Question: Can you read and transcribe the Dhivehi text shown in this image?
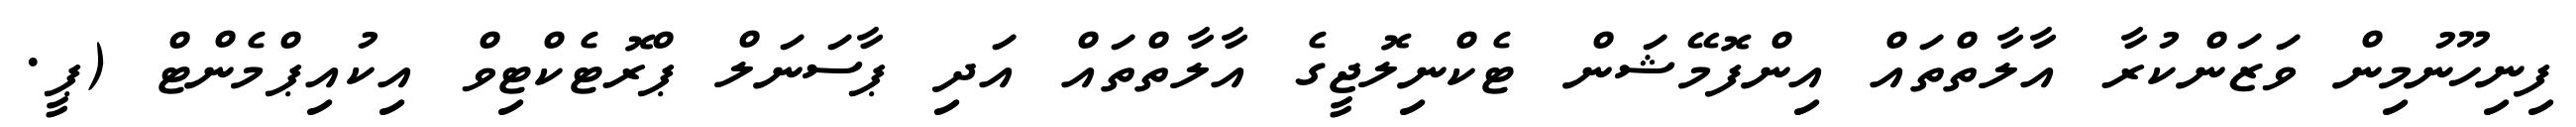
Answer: ފިނިހޫނުމިން ވަޒަންކުރާ އާލާތްތައް އިންފޮމޭޝަން ޓެކްނިލޮޖީގެ އާލާތްތައް އަދި ޕާސަނަލް ޕްރޮޓެކްޓިވް އިކުއިޕްމެންޓް (ޕީ.